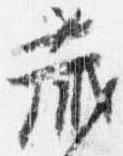
蔵